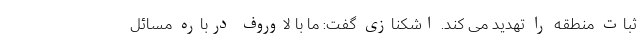
ثبات منطقه را تهدید می کند. اشکنازی گفت: ما با لاوروف درباره مسائل